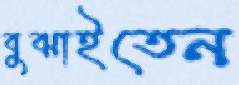
বুঝাইতেন